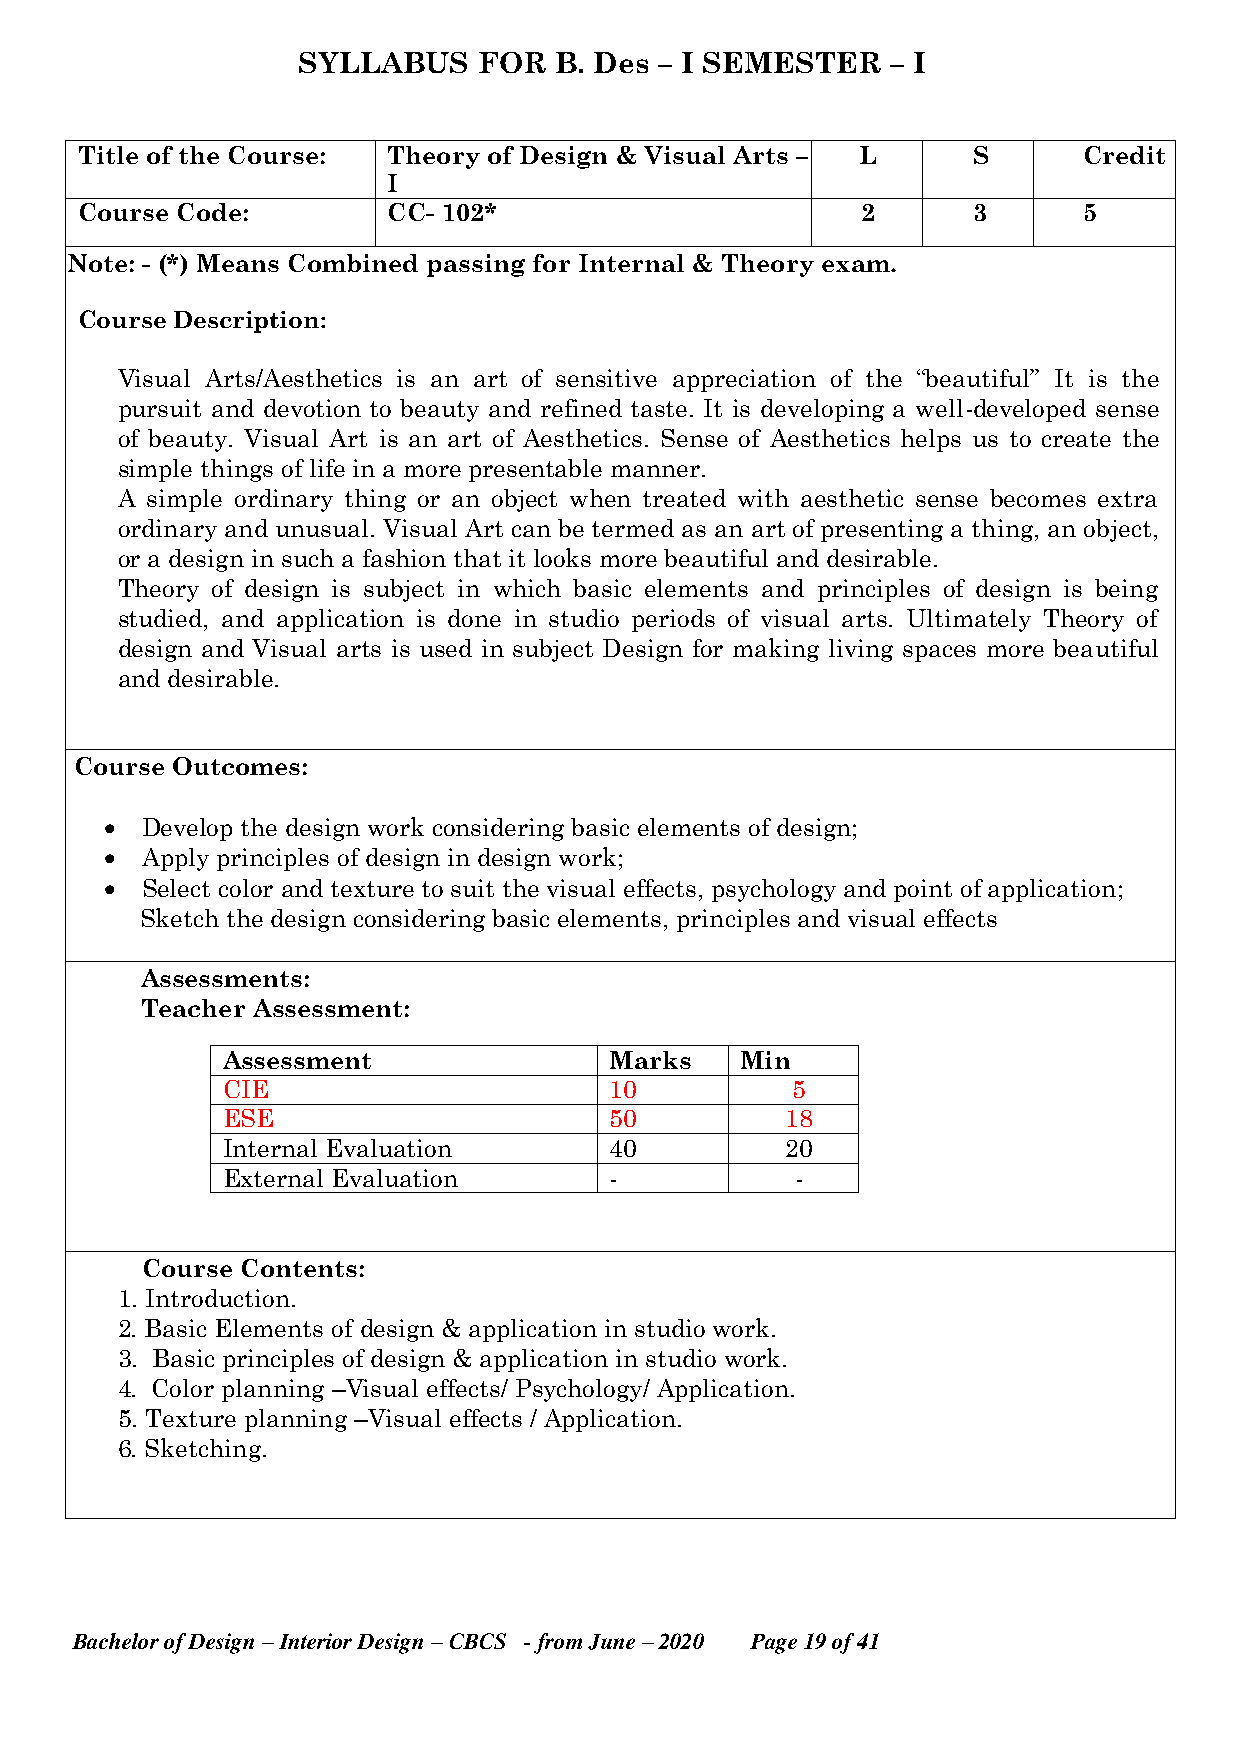
SYLLABUS    FOR  B. Des – I SEMESTER   – I
 Title of the Course: Theory of Design & Visual Arts – L    S       Credit
 I
 Course Code:         CC- 102*                       2      3       5
 Note: - (*) Means Combined passing for Internal & Theory exam.
 Course Description:
 Visual Arts/Aesthetics is an art of sensitive appreciation of the “beautiful” It is the
 pursuit and devotion to beauty and refined taste. It is developing a well-developed sense
 of beauty. Visual Art is an art of Aesthetics. Sense of Aesthetics helps us to create the
 simple things of life in a more presentable manner.
 A simple ordinary thing or an object when treated with aesthetic sense becomes extra
 ordinary and unusual. Visual Art can be termed as an art of presenting a thing, an object,
 or a design in such a fashion that it looks more beautiful and desirable.
 Theory of design is subject in which basic elements and principles of design is being
 studied, and application is done in studio periods of visual arts. Ultimately Theory of
 design and Visual arts is used in subject Design for making living spaces more beautiful
 and desirable.
 Course Outcomes:
  Develop the design work considering basic elements of design;
  Apply principles of design in design work;
  Select color and texture to suit the visual effects, psychology and point of application;
 Sketch the design considering basic elements, principles and visual effects
 Assessments:
 Teacher Assessment:
 Assessment               Marks    Min
 CIE                      10          5
 ESE                      50          18
 Internal Evaluation      40          20
 External Evaluation      -            -
 Course Contents:
 1. Introduction.
 2. Basic Elements of design & application in studio work.
 3. Basic principles of design & application in studio work.
 4. Color planning –Visual effects/ Psychology/ Application.
 5. Texture planning –Visual effects / Application.
 6. Sketching.
 Bachelor of Design – Interior Design – CBCS - from June – 2020 Page 19 of 41